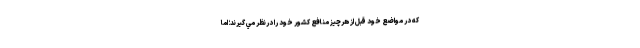
كه در مواضع خود قبل از هرچيز منافع كشور خود را درنظر مي گيرند؛ اما